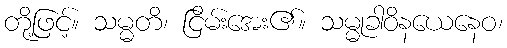
တို့ဖြင့်။ သမ္မတိ၊ ငြိမ်းအေး၏။ သမ္မုခါဝိနယေနေဝ၊